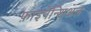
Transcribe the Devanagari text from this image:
फ़ाइनेन्शिअल